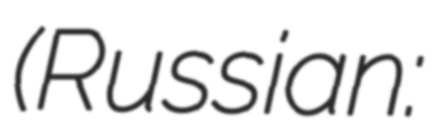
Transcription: (Russian: Ларьян